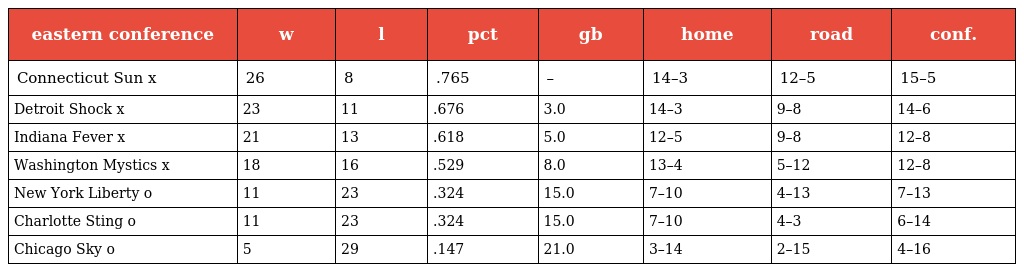
| eastern conference | w | l | pct | gb | home | road | conf. |
 | --- | --- | --- | --- | --- | --- | --- | --- |
 | Connecticut Sun x | 26 | 8 | .765 | – | 14–3 | 12–5 | 15–5 |
 | Detroit Shock x | 23 | 11 | .676 | 3.0 | 14–3 | 9–8 | 14–6 |
 | Indiana Fever x | 21 | 13 | .618 | 5.0 | 12–5 | 9–8 | 12–8 |
 | Washington Mystics x | 18 | 16 | .529 | 8.0 | 13–4 | 5–12 | 12–8 |
 | New York Liberty o | 11 | 23 | .324 | 15.0 | 7–10 | 4–13 | 7–13 |
 | Charlotte Sting o | 11 | 23 | .324 | 15.0 | 7–10 | 4–3 | 6–14 |
 | Chicago Sky o | 5 | 29 | .147 | 21.0 | 3–14 | 2–15 | 4–16 |